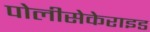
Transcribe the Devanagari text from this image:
पोलीसेकेराइड